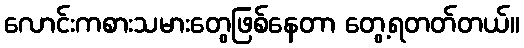
လောင်းကစားသမားတွေဖြစ်နေတာ တွေ့ရတတ်တယ်။